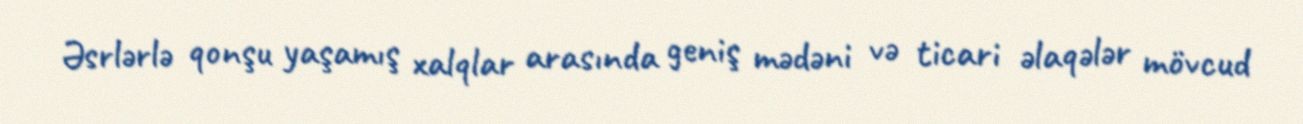
Əsrlərlə qonşu yaşamış xalqlar arasında geniş mədəni və ticari əlaqələr mövcud